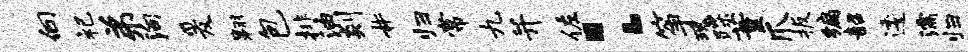
向祀弟殉爰翱包排油剡#归常九并佐：筝瑰蹀董爪扳编韶逶濡归